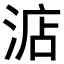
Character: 𣷀